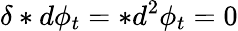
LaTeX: \delta\ast d\phi_{t}=\ast d^{2}\phi_{t}=0